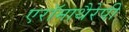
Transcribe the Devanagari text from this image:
एरॉमाथैरेपी